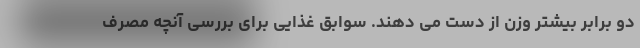
دو برابر بیشتر وزن از دست می دهند. سوابق غذایی برای بررسی آنچه مصرف